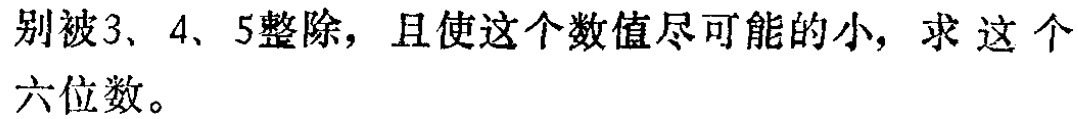
别被3、4、5整除，且使这个数值尽可能的小，求 这 个六位数。